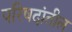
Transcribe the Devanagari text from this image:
परिषदांतील